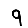
Digit: 9